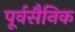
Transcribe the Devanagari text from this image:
पूर्वसैनिक